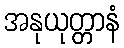
အနုယုတ္တာနံ